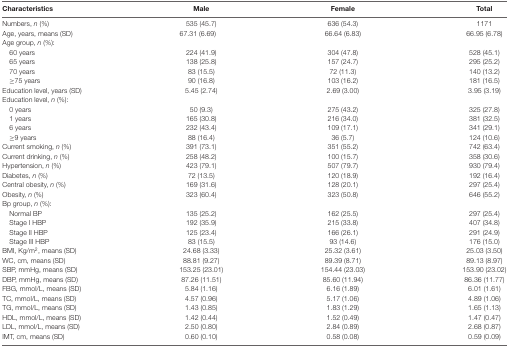
<table><thead><tr><td><b>Characteristics</b></td><td><b>Male</b></td><td><b>Female</b></td><td><b>Total</b></td></tr></thead><tbody><tr><td>Numbers, <i>n</i> (%)</td><td>535 (45.7)</td><td>636 (54.3)</td><td>1171</td></tr><tr><td>Age, years, means (SD)</td><td>67.31 (6.69)</td><td>66.64 (6.83)</td><td>66.95 (6.78)</td></tr><tr><td>Age group, <i>n</i> (%):</td><td></td><td></td><td></td></tr><tr><td>60 years</td><td>224 (41.9)</td><td>304 (47.8)</td><td>528 (45.1)</td></tr><tr><td>65 years</td><td>138 (25.8)</td><td>157 (24.7)</td><td>295 (25.2)</td></tr><tr><td>70 years</td><td>83 (15.5)</td><td>72 (11.3)</td><td>140 (13.2)</td></tr><tr><td>≥75 years</td><td>90 (16.8)</td><td>103 (16.2)</td><td>181 (16.5)</td></tr><tr><td>Education level, years (SD)</td><td>5.45 (2.74)</td><td>2.69 (3.00)</td><td>3.95 (3.19)</td></tr><tr><td>Education level, <i>n</i> (%):</td><td></td><td></td><td></td></tr><tr><td>0 years</td><td>50 (9.3)</td><td>275 (43.2)</td><td>325 (27.8)</td></tr><tr><td>1 years</td><td>165 (30.8)</td><td>216 (34.0)</td><td>381 (32.5)</td></tr><tr><td>6 years</td><td>232 (43.4)</td><td>109 (17.1)</td><td>341 (29.1)</td></tr><tr><td>≥9 years</td><td>88 (16.4)</td><td>36 (5.7)</td><td>124 (10.6)</td></tr><tr><td>Current smoking, <i>n</i> (%)</td><td>391 (73.1)</td><td>351 (55.2)</td><td>742 (63.4)</td></tr><tr><td>Current drinking, <i>n</i> (%)</td><td>258 (48.2)</td><td>100 (15.7)</td><td>358 (30.6)</td></tr><tr><td>Hypertension, <i>n</i> (%)</td><td>423 (79.1)</td><td>507 (79.7)</td><td>930 (79.4)</td></tr><tr><td>Diabetes, <i>n</i> (%)</td><td>72 (13.5)</td><td>120 (18.9)</td><td>192 (16.4)</td></tr><tr><td>Central obesity, <i>n</i> (%)</td><td>169 (31.6)</td><td>128 (20.1)</td><td>297 (25.4)</td></tr><tr><td>Obesity, <i>n</i> (%)</td><td>323 (60.4)</td><td>323 (50.8)</td><td>646 (55.2)</td></tr><tr><td>Bp group, <i>n</i> (%):</td><td></td><td></td><td></td></tr><tr><td>Normal BP</td><td>135 (25.2)</td><td>162 (25.5)</td><td>297 (25.4)</td></tr><tr><td>Stage I HBP</td><td>192 (35.9)</td><td>215 (33.8)</td><td>407 (34.8)</td></tr><tr><td>Stage II HBP</td><td>125 (23.4)</td><td>166 (26.1)</td><td>291 (24.9)</td></tr><tr><td>Stage III HBP</td><td>83 (15.5)</td><td>93 (14.6)</td><td>176 (15.0)</td></tr><tr><td>BMI, Kg/m<sup>2</sup>, means (SD)</td><td>24.68 (3.33)</td><td>25.32 (3.61)</td><td>25.03 (3.50)</td></tr><tr><td>WC, cm, means (SD)</td><td>88.81 (9.27)</td><td>89.39 (8.71)</td><td>89.13 (8.97)</td></tr><tr><td>SBP, mmHg, means (SD)</td><td>153.25 (23.01)</td><td>154.44 (23.03)</td><td>153.90 (23.02)</td></tr><tr><td>DBP, mmHg, means (SD)</td><td>87.26 (11.51)</td><td>85.60 (11.94)</td><td>86.36 (11.77)</td></tr><tr><td>FBG, mmol/L, means (SD)</td><td>5.84 (1.16)</td><td>6.16 (1.89)</td><td>6.01 (1.61)</td></tr><tr><td>TC, mmol/L, means (SD)</td><td>4.57 (0.96)</td><td>5.17 (1.06)</td><td>4.89 (1.06)</td></tr><tr><td>TG, mmol/L, means (SD)</td><td>1.43 (0.85)</td><td>1.83 (1.29)</td><td>1.65 (1.13)</td></tr><tr><td>HDL, mmol/L, means (SD)</td><td>1.42 (0.44)</td><td>1.52 (0.49)</td><td>1.47 (0.47)</td></tr><tr><td>LDL, mmol/L, means (SD)</td><td>2.50 (0.80)</td><td>2.84 (0.89)</td><td>2.68 (0.87)</td></tr><tr><td>IMT, cm, means (SD)</td><td>0.60 (0.10)</td><td>0.58 (0.08)</td><td>0.59 (0.09)</td></tr></tbody></table>